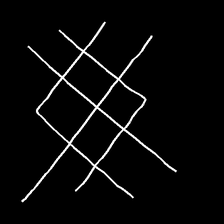
Glyph: crystal